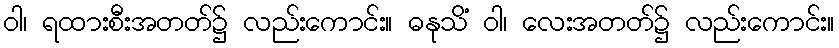
ဝါ၊ ရထားစီးအတတ်၌ လည်းကောင်း။ ဓနုသိံ ဝါ၊ လေးအတတ်၌ လည်းကောင်း။